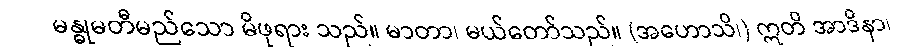
မန္ဓုမတီမည်သော မိဖုရား သည်။ မာတာ၊ မယ်တော်သည်။ (အဟောသိ၊) ဣတိ အာဒိနာ၊